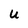
Character: U